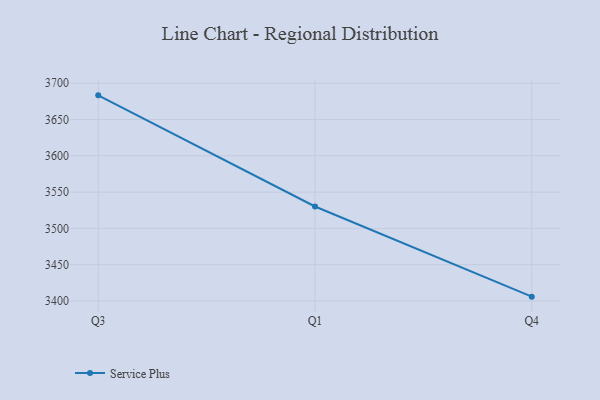
{"axis": {"x": "Quarter", "y": "Demand Index"}, "legend": ["Service Plus"], "data": [{"x": "Q3", "y": 3683.3, "type": "Service Plus"}, {"x": "Q1", "y": 3530.2, "type": "Service Plus"}, {"x": "Q4", "y": 3406.0, "type": "Service Plus"}]}